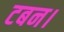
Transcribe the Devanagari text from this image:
टबन।